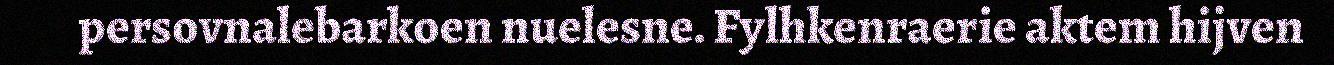
persovnalebarkoen nuelesne. Fylhkenraerie aktem hijven